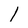
Character: 1